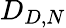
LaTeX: D_{D,N}